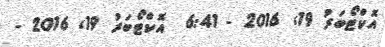
އޮކްޓޯބަރު 19